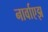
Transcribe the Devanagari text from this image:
नार्वाएझ